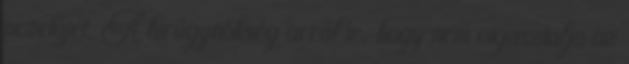
vezetőjét. A hírügynökség arról ír, hogy nem vigasztalja az